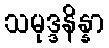
သမုဒ္ဒနိန္နာ